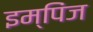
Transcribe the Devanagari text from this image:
इम्पिंज